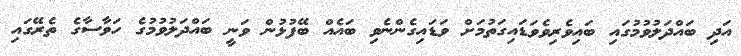
އަދި ބައްދަލުވުމުގައި ބައިވެރިވެވަޑައިގަތުމަށް ވަޑައިގެންނެވި ބައެއް ބޭފުޅުން ވަނީ ބައްދަލުވުމުގެ ހަވާސާގެ ތެރޭގައި